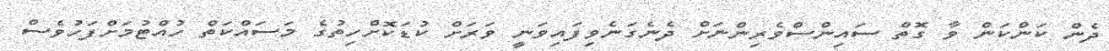
ދެން ކަންކަން ވާ ގޮތް ސައިންސްވެރިންނަށް ދެނެގަނެވިފައިވަނީ ވަރަށް ކުޑަކޮށްހިތުގެ މަސައްކަތް ހުއްޓުމަށްފަހުވެސް